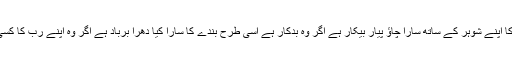
جس طرح ایک عورت کا اپنے شوہر کے ساتھ سارا چاؤ پیار بیکار ہے اگر وہ بدکار ہے اسی طرح بندے کا سارا کیا دھرا برباد ہے اگر وہ اپنے رب کا کسی کو شریک ٹھہراتا ہے۔